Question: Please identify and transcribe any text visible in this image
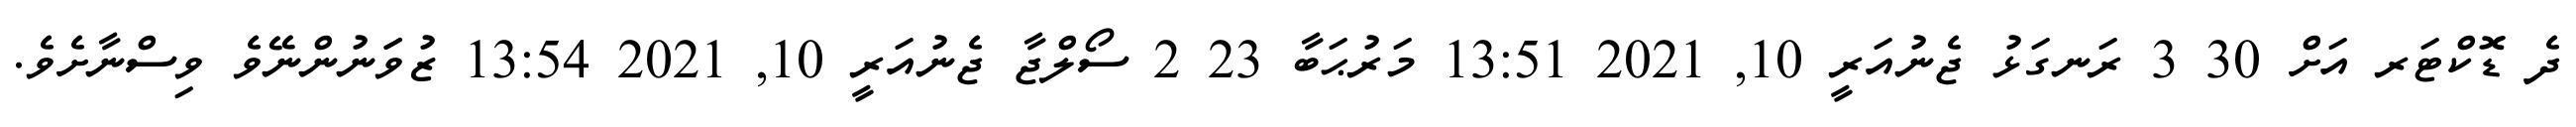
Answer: ދެ ޑޮކްޓަރ އަށް 30 3 ރަނގަޅު ޖެނުއަރީ 10, 2021 13:51 މަރުޙަބާ 23 2 ސޯލްޖާ ޖެނުއަރީ 10, 2021 13:54 ޒުވަަނުންނޭވެ ވިސްނާށެވެ.